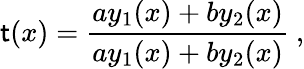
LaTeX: \mathsf{t}(x)=\frac{{ay_{1}(x)+by_{2}(x)}}{{ay_{1}(x)+by_{2}(x)}}\ ,